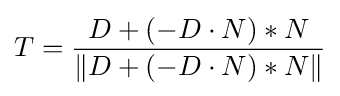
T={\frac {D+(-D\cdot N)*N}{\|D+(-D\cdot N)*N\|}}